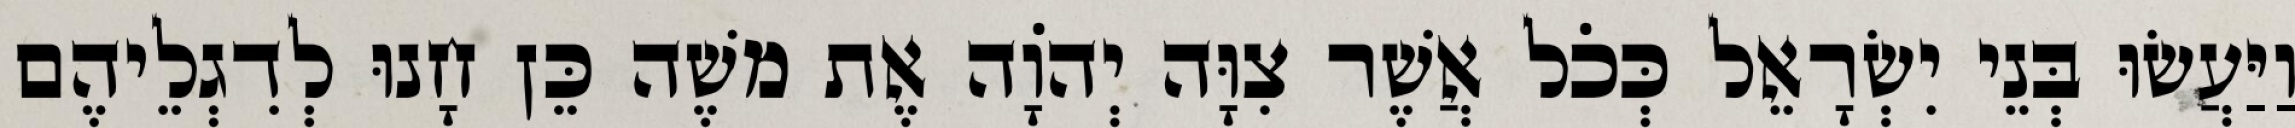
וַיַּעֲשׂוּ בְּנֵי יִשְׂרָאֵל כְּכֹל אֲשֶׁר צִוָּה יְהֹוָה אֶת משֶׁה כֵּן חָנוּ לְדִגְלֵיהֶם